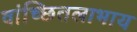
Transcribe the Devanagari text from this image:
वांच्छितलाभाय